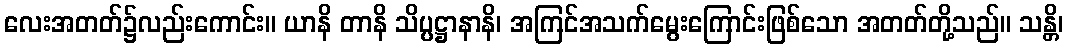
လေးအတတ်၌လည်းကောင်း။ ယာနိ တာနိ သိပ္ပဋ္ဌာနာနိ၊ အကြင်အသက်မွေးကြောင်းဖြစ်သော အတတ်တို့သည်။ သန္တိ၊